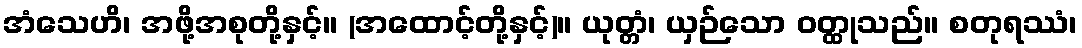
အံသေဟိ၊ အဖို့အစုတို့နှင့်။ (အထောင့်တို့နှင့်)။ ယုတ္တံ၊ ယှဉ်သော ဝတ္ထုသည်။ စတုရဿံ၊